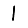
Digit: 1